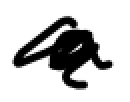
Text: a
Cross-out: scratch
Writing tool: digital_black